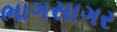
ભાગસાગર